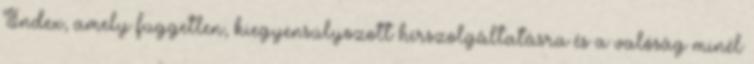
Index, amely független, kiegyensúlyozott hírszolgáltatásra és a valóság minél